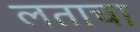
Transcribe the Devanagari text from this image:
लताचा